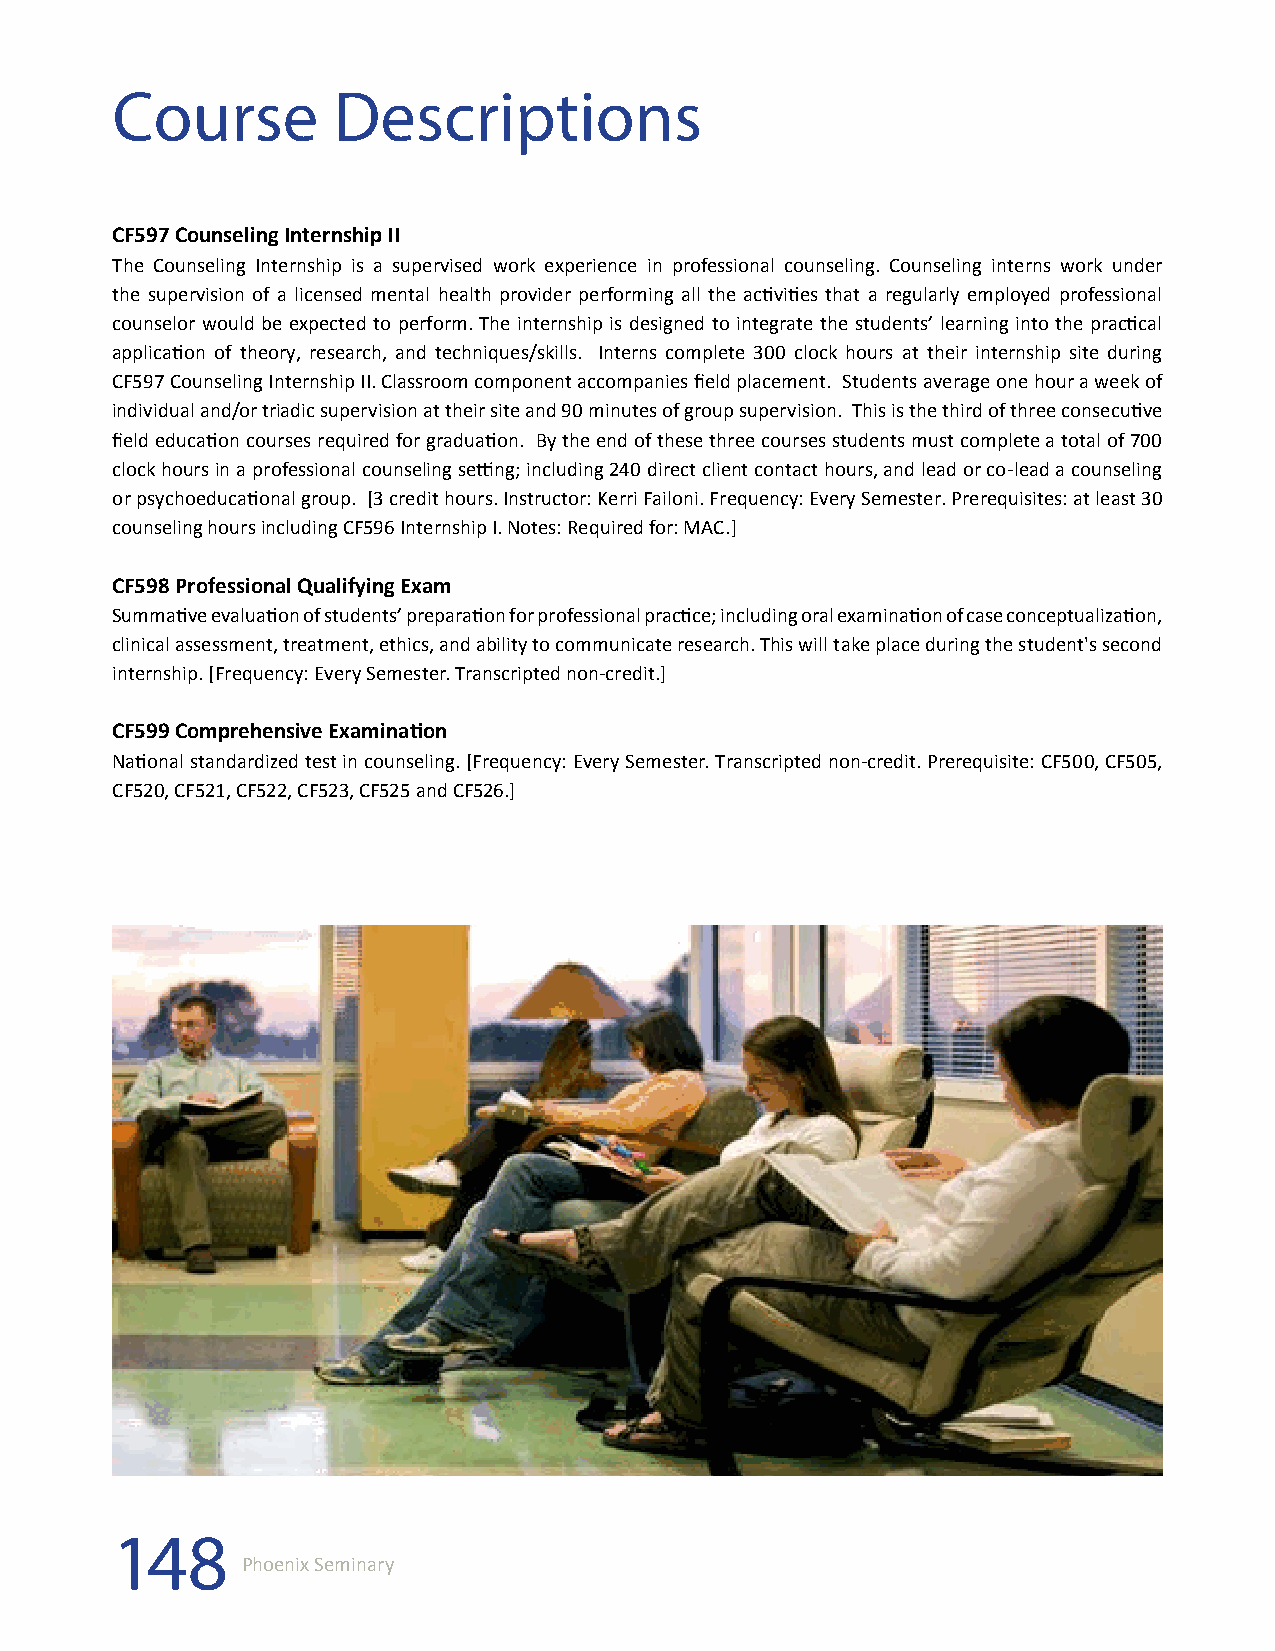
Course         Descriptions
 CF597 Counseling Internship II
 The Counseling Internship is a supervised work experience in professional counseling. Counseling interns work under
 the supervision of a licensed mental health provider performing all the activities that a regularly employed professional
 counselor would be expected to perform. The internship is designed to integrate the students’ learning into the practical
 application of theory, research, and techniques/skills. Interns complete 300 clock hours at their internship site during
 CF597 Counseling Internship II. Classroom component accompanies field placement. Students average one hour a week of
 individual and/or triadic supervision at their site and 90 minutes of group supervision. This is the third of three consecutive
 field education courses required for graduation. By the end of these three courses students must complete a total of 700
 clock hours in a professional counseling setting; including 240 direct client contact hours, and lead or co-lead a counseling
 or psychoeducational group. [3 credit hours. Instructor: Kerri Failoni. Frequency: Every Semester. Prerequisites: at least 30
 counseling hours including CF596 Internship I. Notes: Required for: MAC.]
 CF598 Professional Qualifying Exam
 Summative evaluation of students’ preparation for professional practice; including oral examination of case conceptualization,
 clinical assessment, treatment, ethics, and ability to communicate research. This will take place during the student's second
 internship. [Frequency: Every Semester. Transcripted non-credit.]
 CF599 Comprehensive Examination
 National standardized test in counseling. [Frequency: Every Semester. Transcripted non-credit. Prerequisite: CF500, CF505,
 CF520, CF521, CF522, CF523, CF525 and CF526.]
 148
 Phoenix Seminary